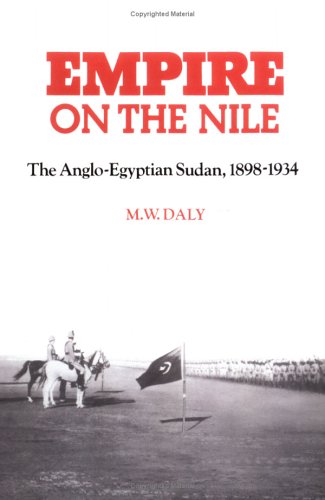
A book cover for Empire on the Nile: The Anglo-Egyptian Sudan, 1898-1934; M. W. Daly; History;